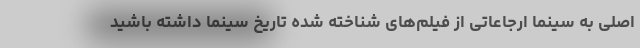
اصلی به سینما ارجاعاتی از فیلم‌های شناخته شده تاریخ سینما داشته باشید